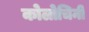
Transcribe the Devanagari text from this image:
कोलोचिनी